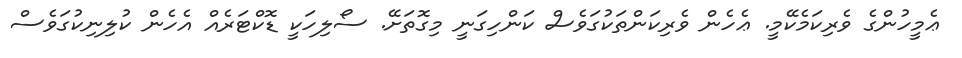
ޢެމީހުންގެ ވެރިކަމެކޭމީ. ޢެހެން ވެރިކަންތަކުގަވެސް ކަންހިގަނީ މިގޮތަށޭ. ސޯލިހަކީ ޑޮކްޓަރެއް އެހެން ކުލިނިކުގަވެސް